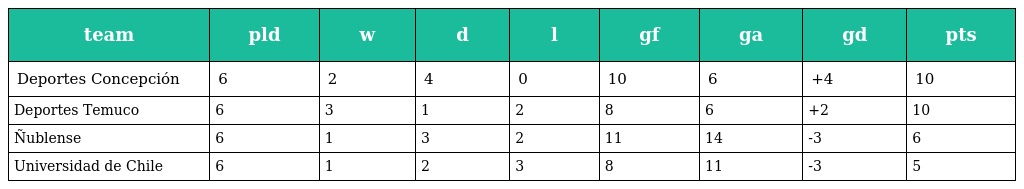
| team | pld | w | d | l | gf | ga | gd | pts |
 | --- | --- | --- | --- | --- | --- | --- | --- | --- |
 | Deportes Concepción | 6 | 2 | 4 | 0 | 10 | 6 | +4 | 10 |
 | Deportes Temuco | 6 | 3 | 1 | 2 | 8 | 6 | +2 | 10 |
 | Ñublense | 6 | 1 | 3 | 2 | 11 | 14 | -3 | 6 |
 | Universidad de Chile | 6 | 1 | 2 | 3 | 8 | 11 | -3 | 5 |